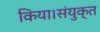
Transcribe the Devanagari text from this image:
किया।संयुक्त